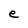
Character: e